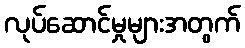
လုပ်ဆောင်မှုများအတွက်